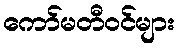
ကော်မတီဝင်များ